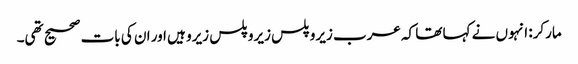
مارکر: انہوں نے کہا تھا کہ عرب زیرو پلس زیرو پلس زیرو ہیں اور ان کی بات صحیح تھی۔